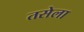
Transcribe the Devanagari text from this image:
तसेला